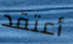
أعتقد